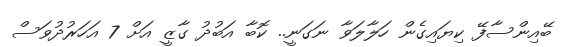
ބޭއިންސާފޭ ކިޔައިގެން ހަލާލަވާ ނަގަނީ.. ކޮބާ އަބުދު ގާޒީ އަށް 7 އަހަރުދުވަސް